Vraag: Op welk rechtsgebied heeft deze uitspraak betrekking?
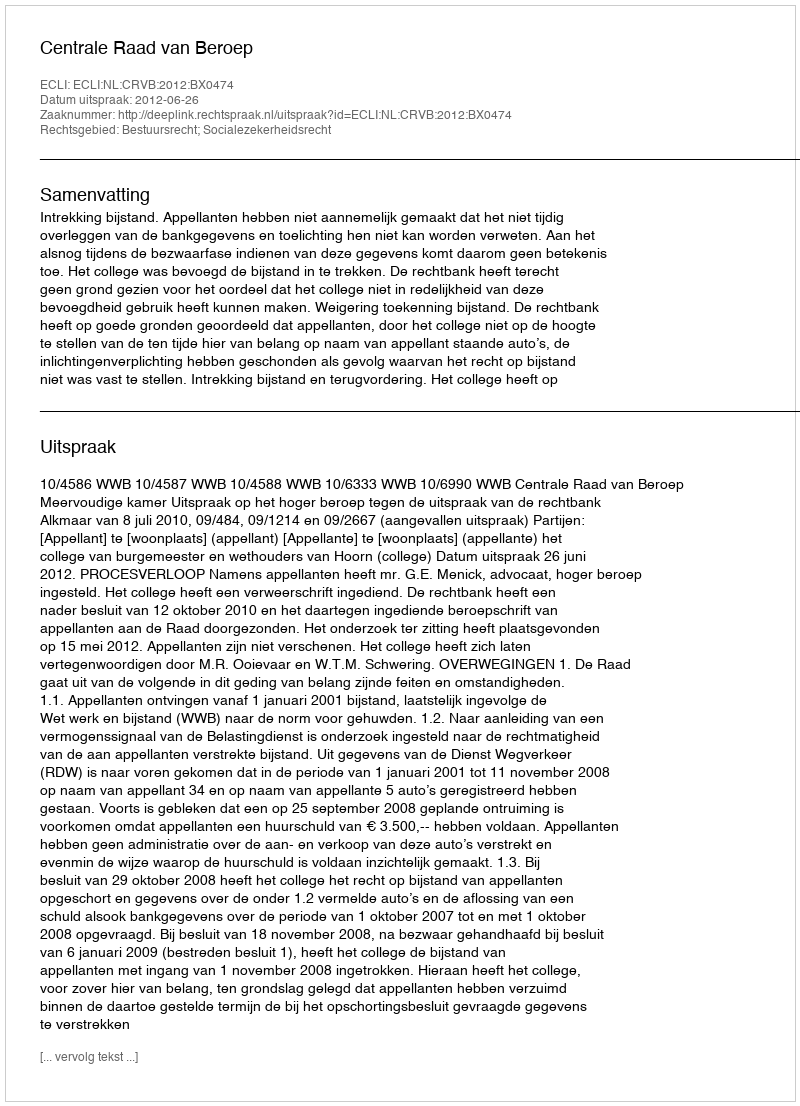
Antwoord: Bestuursrecht; Socialezekerheidsrecht